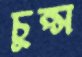
চুপ্‌স